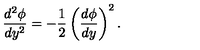
{ \frac { d ^ { 2 } \phi } { d y ^ { 2 } } } = - { \frac { 1 } { 2 } } \left( { \frac { d \phi } { d y } } \right) ^ { 2 } .